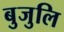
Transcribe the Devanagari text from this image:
बुजुलि